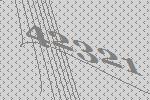
42321